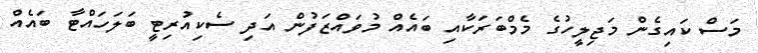
މަސް ކައިގެން މަޖިލީހުގެ މެމްބަރަކާއި ބައެއް މުވައްޒަފުން އަދި ސެކިއުރިޓީ ބަލަހައްޓާ ބައެއް